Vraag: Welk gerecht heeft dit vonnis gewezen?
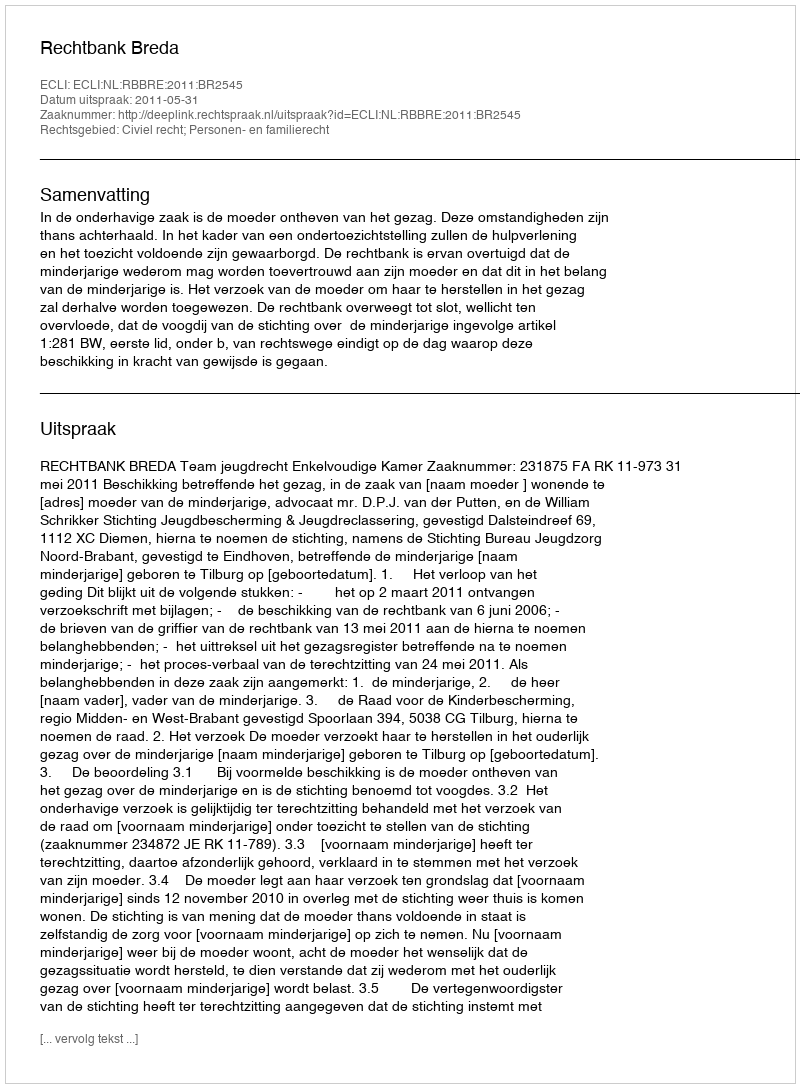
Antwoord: Rechtbank Breda